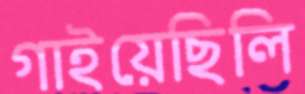
গাইয়েছিলি